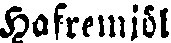
Hafremjöl